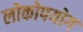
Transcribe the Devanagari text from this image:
लोकोपयोग